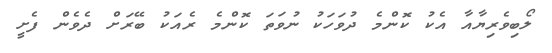
ލޯބިވެރިޔާއާ އެކު ކޮންމެ ދުވަހަކު ނުވަތަ ކޮންމެ ރެއަކު ބޭރަށް ދެވެން ފެށީ